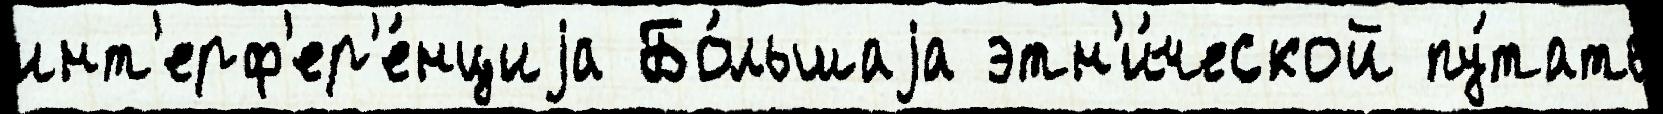
инт'ерф'ер'е́нциjа Бо́льшаjа этн'и́ческой пу́тать